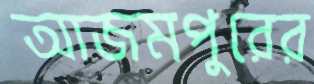
আজমপুরের